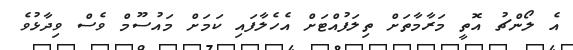
އެ ލޯންޗު އޮތީ މަރާމާތަށް ތިލަފުއްޓަށް އެހެލާފައި ކަމަށް މައުސޫމް ވެސް ވިދާޅުވެ